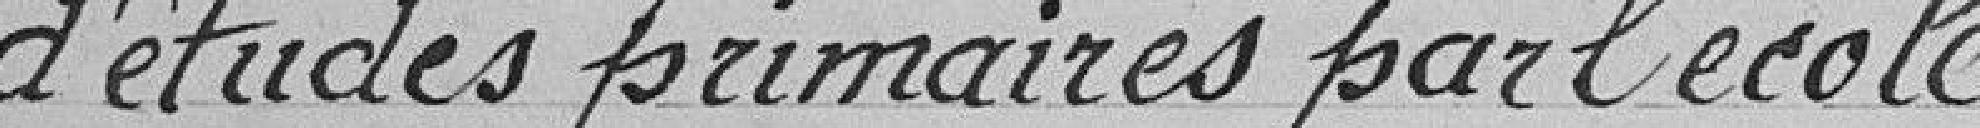
d'études primaires par l'école